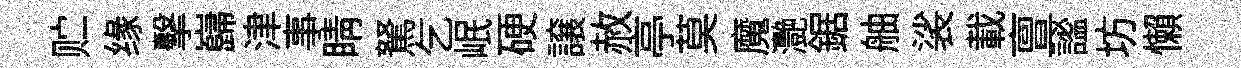
贮缘擊巋津事睛駑乞岷硬譲赦亭莫魔灧鋸舳裟載亶謐坊懶